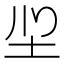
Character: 𭍻